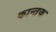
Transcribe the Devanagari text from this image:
कान्तक